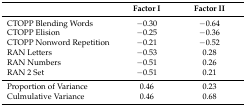
|  | Factor I | Factor II |
 | --- | --- | --- |
 | CTOPP Blending Words | −0.30 | −0.64 |
 | CTOPP Elision | −0.25 | −0.36 |
 | CTOPP Nonword Repetition | −0.21 | −0.52 |
 | RAN Letters | −0.53 | 0.28 |
 | RAN Numbers | −0.51 | 0.26 |
 | RAN 2 Set | −0.51 | 0.21 |
 | Proportion of Variance | 0.46 | 0.23 |
 | Culmulative Variance | 0.46 | 0.68 |